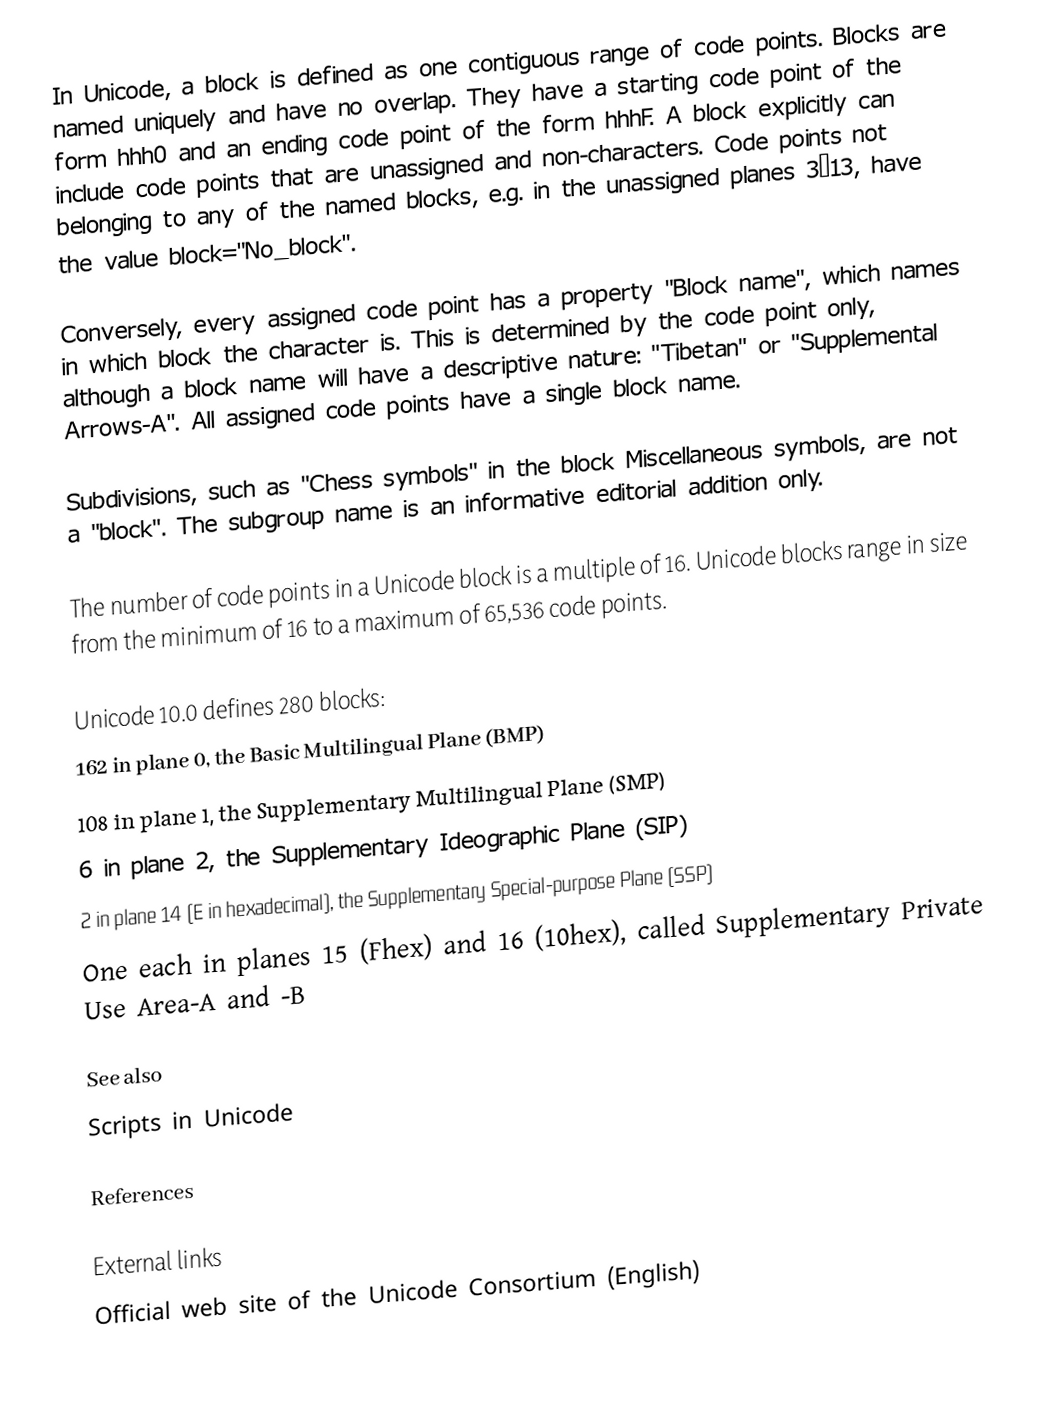
In Unicode, a block is defined as one contiguous range of code points. Blocks are named uniquely and have no overlap. They have a starting code point of the form hhh0 and an ending code point of the form hhhF. A block explicitly can include code points that are unassigned and non-characters. Code points not belonging to any of the named blocks, e.g. in the unassigned planes 3–13, have the value block="No_block".

Conversely, every assigned code point has a property "Block name", which names in which block the character is. This is determined by the code point only, although a block name will have a descriptive nature: "Tibetan" or "Supplemental Arrows-A". All assigned code points have a single block name.

Subdivisions, such as "Chess symbols" in the block Miscellaneous symbols, are not a "block". The subgroup name is an informative editorial addition only.

The number of code points in a Unicode block is a multiple of 16. Unicode blocks range in size from the minimum of 16 to a maximum of 65,536 code points.

Unicode 10.0 defines 280 blocks:
 162 in plane 0, the Basic Multilingual Plane (BMP)
 108 in plane 1, the Supplementary Multilingual Plane (SMP)
 6 in plane 2, the Supplementary Ideographic Plane (SIP)
 2 in plane 14 (E in hexadecimal), the Supplementary Special-purpose Plane (SSP)
 One each in planes 15 (Fhex) and 16 (10hex), called Supplementary Private Use Area-A and -B

See also
 Scripts in Unicode

References

External links
Official web site of the Unicode Consortium (English)